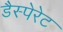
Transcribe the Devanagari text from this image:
डैस्पेरेट